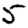
Digit: 5